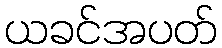
ယခင်အပတ်